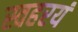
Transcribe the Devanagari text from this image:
स्वहरयं